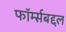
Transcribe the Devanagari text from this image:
फॉर्म्सबद्दल